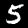
Label: 5